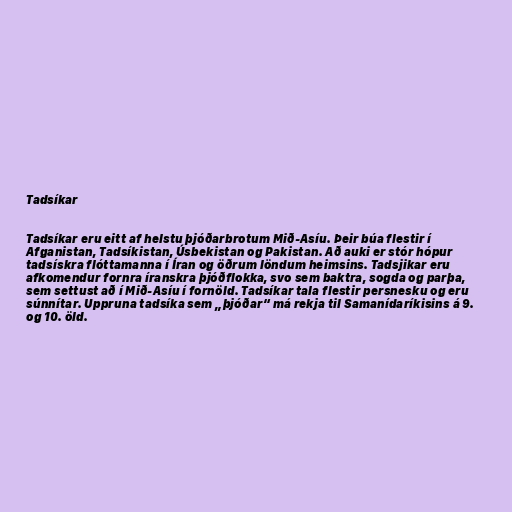
Tadsíkar

Tadsíkar eru eitt af helstu þjóðarbrotum Mið-Asíu. Þeir búa flestir í
Afganistan, Tadsíkistan, Úsbekistan og Pakistan. Að auki er stór hópur
tadsískra flóttamanna í Íran og öðrum löndum heimsins. Tadsjikar eru
afkomendur fornra íranskra þjóðflokka, svo sem baktra, sogda og parþa,
sem settust að í Mið-Asíu í fornöld. Tadsíkar tala flestir persnesku og eru
súnnítar. Uppruna tadsíka sem „þjóðar“ má rekja til Samanídaríkisins á 9.
og 10. öld.